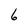
Character: 6